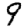
Digit: 9